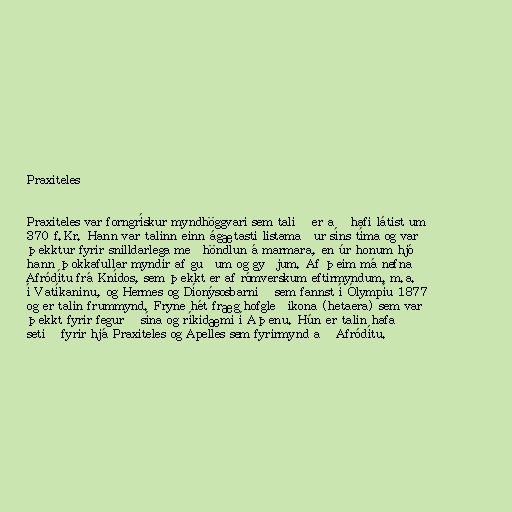
Praxiteles

Praxiteles var forngrískur myndhöggvari sem talið er að hafi látist um
370 f.Kr. Hann var talinn einn ágætasti listamaður síns tíma og var
þekktur fyrir snilldarlega meðhöndlun á marmara, en úr honum hjó
hann þokkafullar myndir af guðum og gyðjum. Af þeim má nefna
Afródítu frá Knídos, sem þekkt er af rómverskum eftirmyndum, m.a.
í Vatíkaninu, og Hermes og Díonýsosbarnið sem fannst í Ólympíu 1877
og er talin frummynd. Fryne hét fræg hofgleðikona (hetaera) sem var
þekkt fyrir fegurð sína og ríkidæmi í Aþenu. Hún er talin hafa
setið fyrir hjá Praxiteles og Apelles sem fyrirmynd að Afródítu.